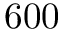
6 0 0